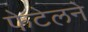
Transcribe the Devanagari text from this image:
फेटेलने